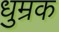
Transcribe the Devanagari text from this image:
धुम्रक